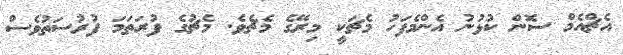
އެޗްއެމް ސޮން ކުޅުނު އެންމެފަހު މެޗަކީ މިރޭގެ މެޗެވެ. މެޗުގެ ފުރަތަމަ ފުރުސަތުވެސް